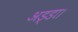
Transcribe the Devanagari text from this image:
अड्डा।